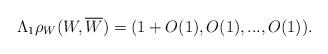
LaTeX: \begin{align*}\Lambda_{1}\rho_{W}(W, \overline{W})=(1+O(1), O(1), ..., O(1)).\end{align*}